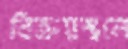
বিক্রয়স্থলে